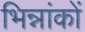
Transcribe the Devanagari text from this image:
भिन्नांकों